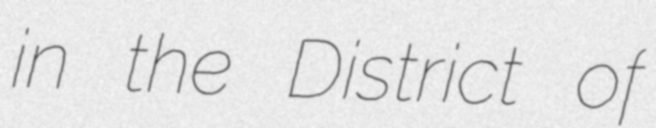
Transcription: in the District of